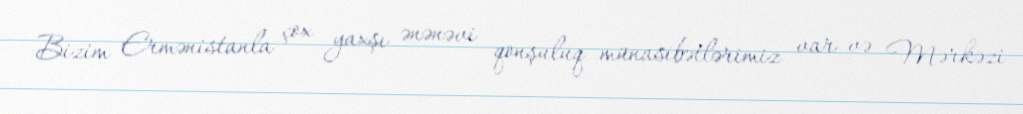
Bizim Ermənistanla çox yaxşı ənənəvi qonşuluq münasibətlərimiz var və Mərkəzi